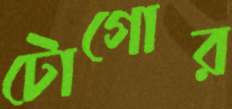
টোগোর